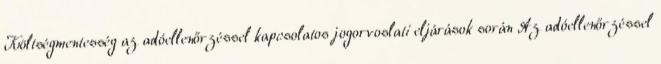
Költségmentesség az adóellenőrzéssel kapcsolatos jogorvoslati eljárások során Az adóellenőrzéssel